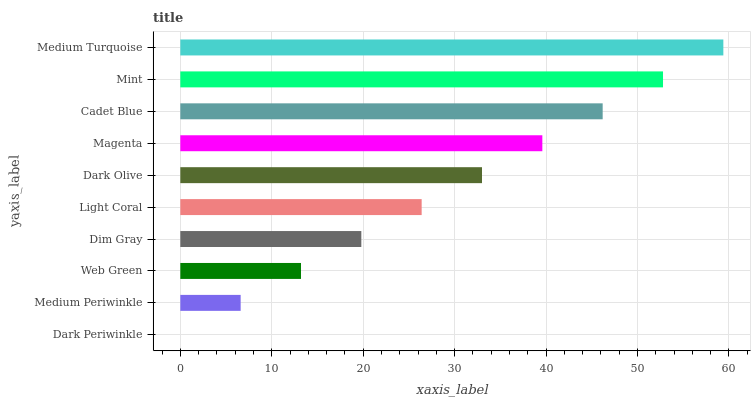
| yaxis_label | bars |
 | --- | --- |
 | Dark Periwinkle | 0 |
 | Medium Periwinkle | 6.6 |
 | Web Green | 13.2 |
 | Dim Gray | 19.8 |
 | Light Coral | 26.4 |
 | Dark Olive | 33 |
 | Magenta | 39.6 |
 | Cadet Blue | 46.2 |
 | Mint | 52.8 |
 | Medium Turquoise | 59.4 |